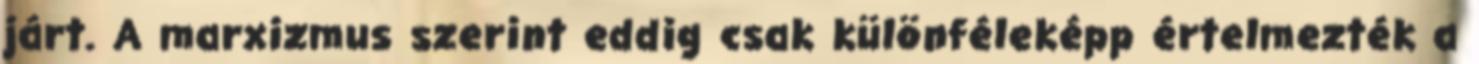
járt. A marxizmus szerint eddig csak különféleképp értelmezték a